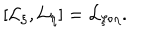
[ { \cal L } _ { \xi } , { \cal L } _ { \eta } ] = { \cal L } _ { \xi \circ \eta } .